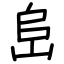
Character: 峊